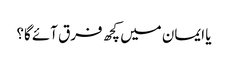
یا ایمان میں کچھ فرق آئے گا؟